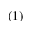
( 1 )